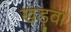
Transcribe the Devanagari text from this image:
खड़ुवा